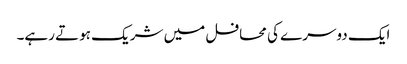
ایک دوسرے کی محافل میں شریک ہوتے رہے۔